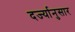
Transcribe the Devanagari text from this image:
दर्ज्यानुसार